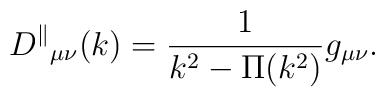
{D^\parallel}_{\mu \nu}(k) = \frac{1}{k^2- \Pi(k^2)} g_{\mu \nu}.